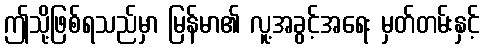
ဤသို့ဖြစ်ရသည်မှာ မြန်မာ၏ လူ့အခွင့်အရေး မှတ်တမ်းနှင့်